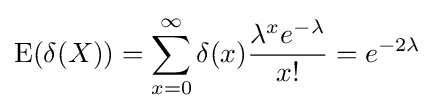
\operatorname {E} (\delta (X))=\sum _{x=0}^{\infty }\delta (x){\frac {\lambda ^{x}e^{-\lambda }}{x!}}=e^{-2\lambda }